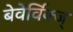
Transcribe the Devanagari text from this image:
बेवेर्विक्ज्